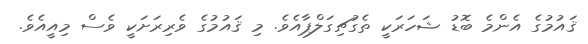
ޤައުމުގެ އެންމެ ބޮޑު ޝަހަރަކީ ތެގުޗިގަލްޕާއެވެ. މި ޤައުމުގެ ވެރިރަށަކީ ވެސް މިއީއެވެ.